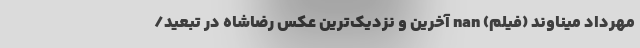
مهرداد میناوند (فیلم) nan آخرین و نزدیک‌ترین عکس رضاشاه در تبعید/